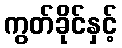
ကွတ်ခိုင်နှင့်